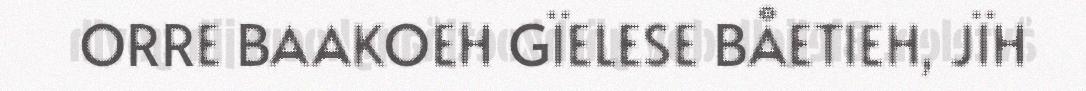
ORRE BAAKOEH GÏELESE BÅETIEH, JÏH